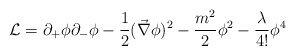
\begin{align*}{\cal L} = \partial_{+}\phi \partial_{-}\phi - \frac{1}{2}(\vec{\nabla}\phi)^{2} - \frac{m^{2}}{2} \phi^{2} -\frac{\lambda}{4!} \phi^{4}\end{align*}